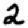
Digit: 2